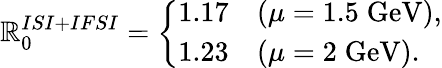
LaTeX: {\cal\mathbb{R}}_{0}^{ISI+IFSI}=\left\{ \begin{array}{cl}{{1.17}}&{{(\mu=1.5\; \mathrm{GeV}),}}\\ {{1.23}}&{{(\mu=2\; \mathrm{GeV}).}}\end{array}\right.